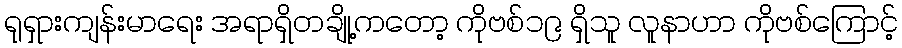
ရုရှားကျန်းမာရေး အရာရှိတချို့ကတော့ ကိုဗစ်၁၉ ရှိသူ လူနာဟာ ကိုဗစ်ကြောင့်